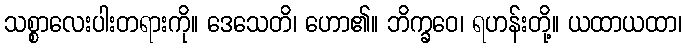
သစ္စာလေးပါးတရားကို။ ဒေသေတိ၊ ဟော၏။ ဘိက္ခဝေ၊ ရဟန်းတို့။ ယထာယထာ၊